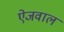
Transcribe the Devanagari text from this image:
ऐजवाल